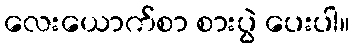
လေးယောက်စာ စားပွဲ ပေးပါ။